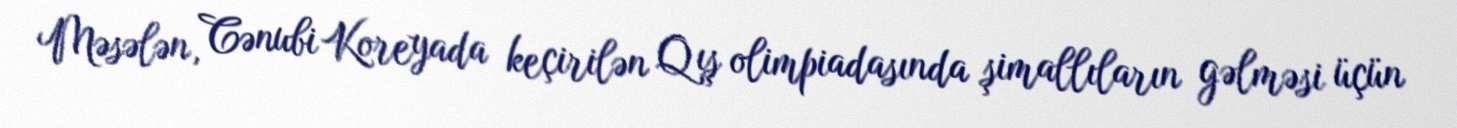
Məsələn, Cənubi Koreyada keçirilən Qış olimpiadasında şimallıların gəlməsi üçün